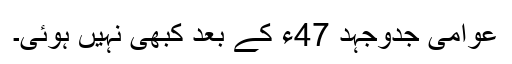
عوامی جدوجہد 47ء کے بعد کبھی نہیں ہوئی۔